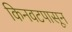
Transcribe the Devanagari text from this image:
किनवटपासून